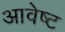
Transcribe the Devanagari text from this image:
आवेष्ट